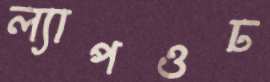
ল্যাপওঢ